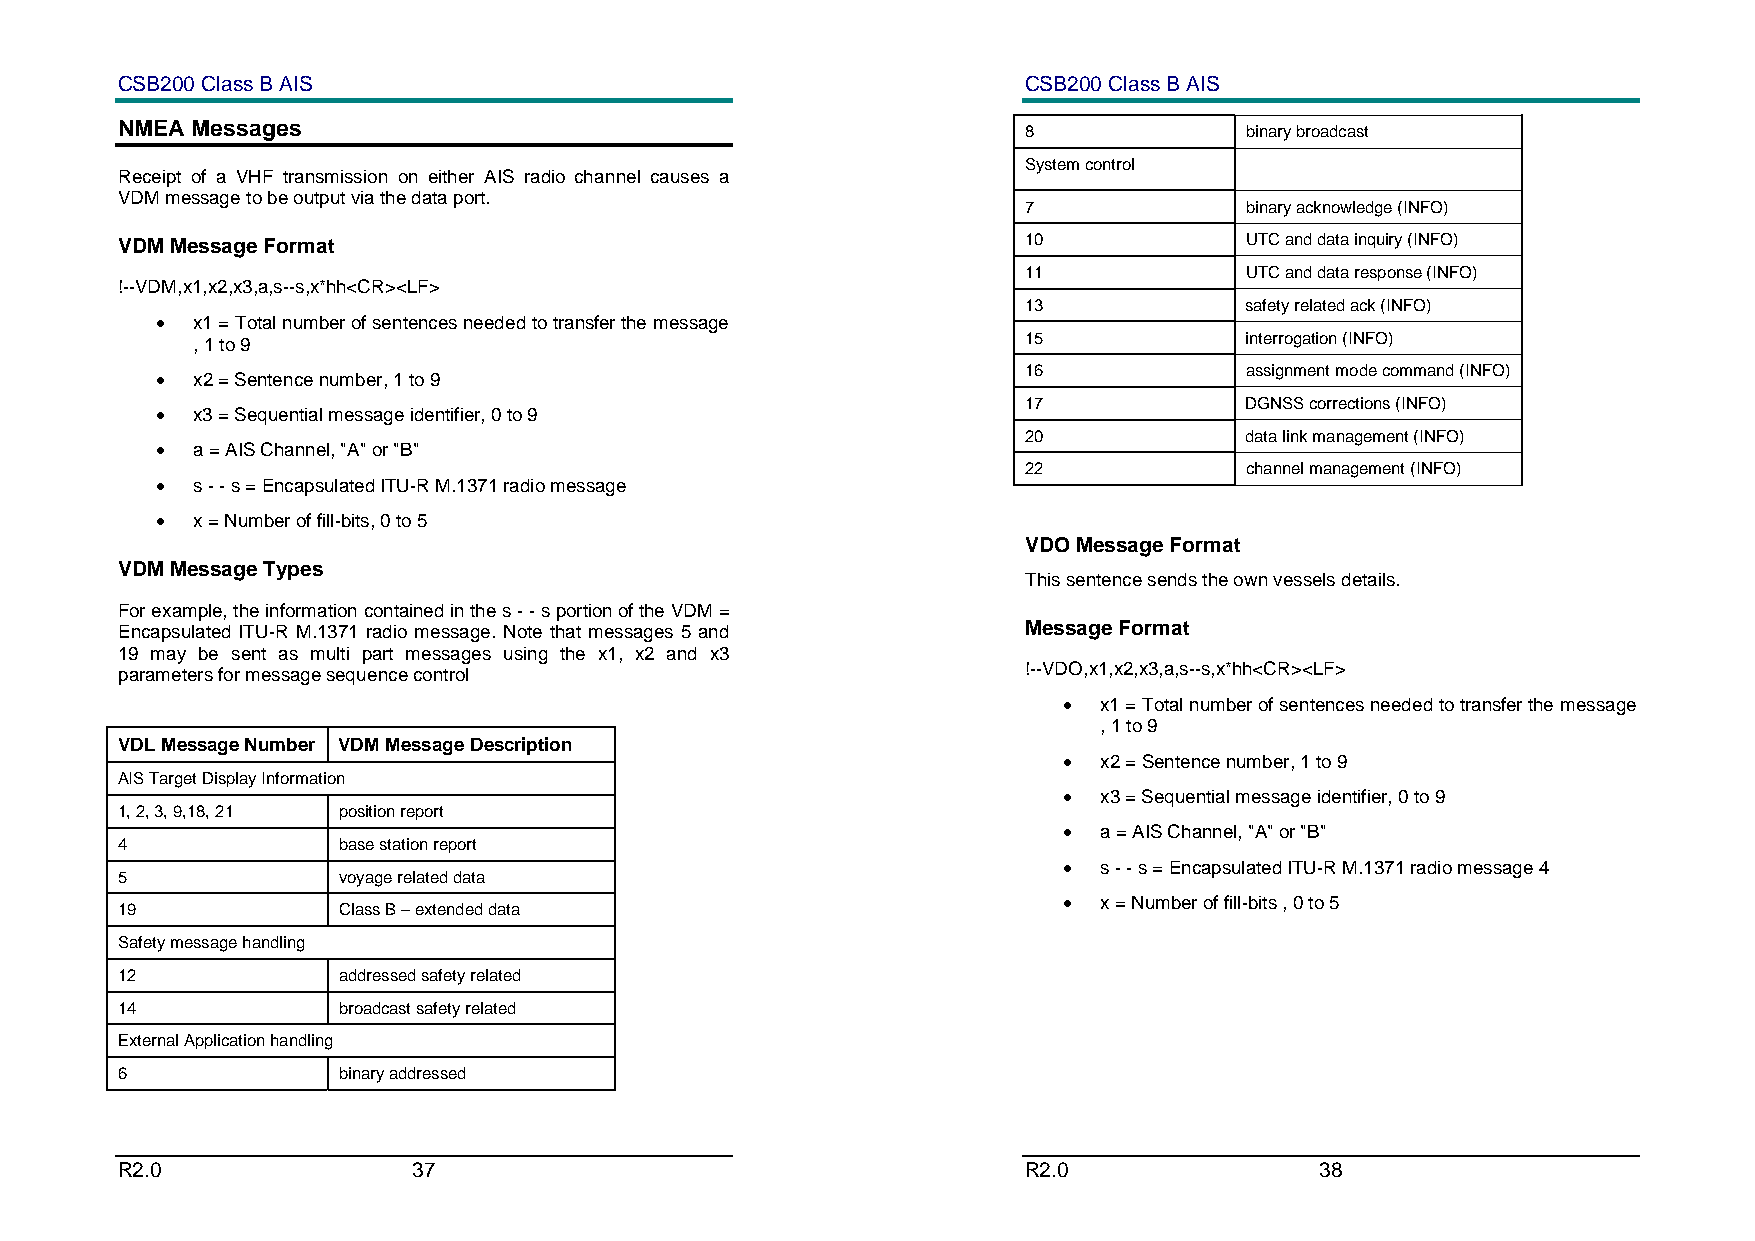
CSB200 Class B AIS                                          CSB200 Class B AIS
 NMEA Messages                                               8             binary broadcast
 System control
 Receipt of a VHF transmission on either AIS radio channel causes a
 VDM message to be output via the data port.
 7             binary acknowledge (INFO)
 VDM Message Format                                          10            UTC and data inquiry (INFO)
 11            UTC and data response (INFO)
 !--VDM,x1,x2,x3,a,s--s,x*hh<CR><LF>
 13            safety related ack (INFO)
 •  x1 = Total number of sentences needed to transfer the message
 , 1 to 9                                               15            interrogation (INFO)
 16            assignment mode command (INFO)
 •  x2 = Sentence number, 1 to 9
 17            DGNSS corrections (INFO)
 •  x3 = Sequential message identifier, 0 to 9
 20            data link management (INFO)
 •  a = AIS Channel, "A" or "B"
 22            channel management (INFO)
 •  s - - s = Encapsulated ITU-R M.1371 radio message
 •  x = Number of fill-bits, 0 to 5
 VDO Message Format
 VDM Message Types
 This sentence sends the own vessels details.
 For example, the information contained in the s - - s portion of the VDM =
 Encapsulated ITU-R M.1371 radio message. Note that messages 5 and Message Format
 19 may be sent as multi part messages using the x1, x2 and x3
 parameters for message sequence control                     !--VDO,x1,x2,x3,a,s--s,x*hh<CR><LF>
 •  x1 = Total number of sentences needed to transfer the message
 , 1 to 9
 VDL Message Number VDM Message Description
 •  x2 = Sentence number, 1 to 9
 AIS Target Display Information
 •  x3 = Sequential message identifier, 0 to 9
 1, 2, 3, 9,18, 21 position report
 •  a = AIS Channel, "A" or "B"
 4             base station report
 •  s - - s = Encapsulated ITU-R M.1371 radio message 4
 5             voyage related data
 •  x = Number of fill-bits , 0 to 5
 19            Class B – extended data
 Safety message handling
 12            addressed safety related
 14            broadcast safety related
 External Application handling
 6             binary addressed
 R2.0               37                                       R2.0               38